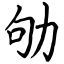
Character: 劬